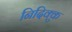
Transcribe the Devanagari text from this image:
निदिक्कु